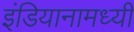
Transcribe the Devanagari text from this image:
इंडियानामध्यी